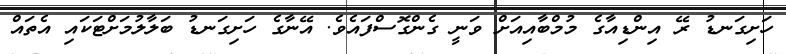
ހަށިގަނޑު ރޭ އިންޑިއާގެ މުމްބާއިއަށް ވަނީ ގެންގޮސްފައެވެ. އޭނާގެ ހަށިގަނޑު ބަލާލުމަށްޓަކައި އެތައް